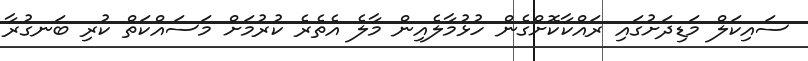
ސައިކަލް މަޑިދަށުގައި ރައްކާކޮށްގެން ހުޅުމާލެއިން މާލެ އެތެރެ ކުރުމަށް މަސައްކަތް ކުރި ބަނގުރާ